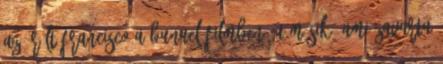
az őrült Francisco a Bunuel-filmben. A másik, ami zavarta